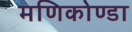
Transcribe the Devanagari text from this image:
मणिकोण्डा